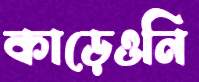
কাড়েওনি